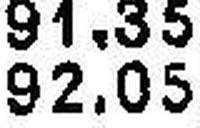
92.05